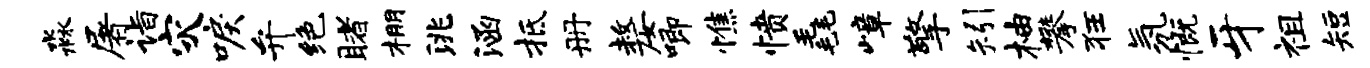
淼屠诣灾唳弁绝睹棚洮涵抵册嫠唧憔愤毳嶂擎矧柚攀狂氛慨牙祖短